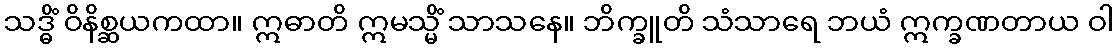
သဒ္ဓိံ ဝိနိစ္ဆယကထာ။ ဣဓာတိ ဣမသ္မိံ သာသနေ။ ဘိက္ခူတိ သံသာရေ ဘယံ ဣက္ခဏတာယ ဝါ